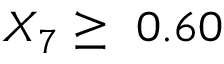
X _ { 7 } \geq \ 0 . 6 0